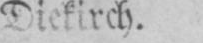
Diekirch.